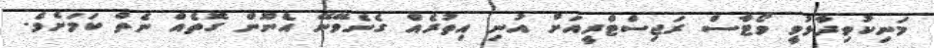
މަނިކުވިދާޅުވީ ވޯޓާސް ރަޖިސްޓްރީއަށް އުނި އިތުރެއް ގެނެވޭނޭ އެނޫން ގޮތެއް ނެތް ކަމަށެވެ.